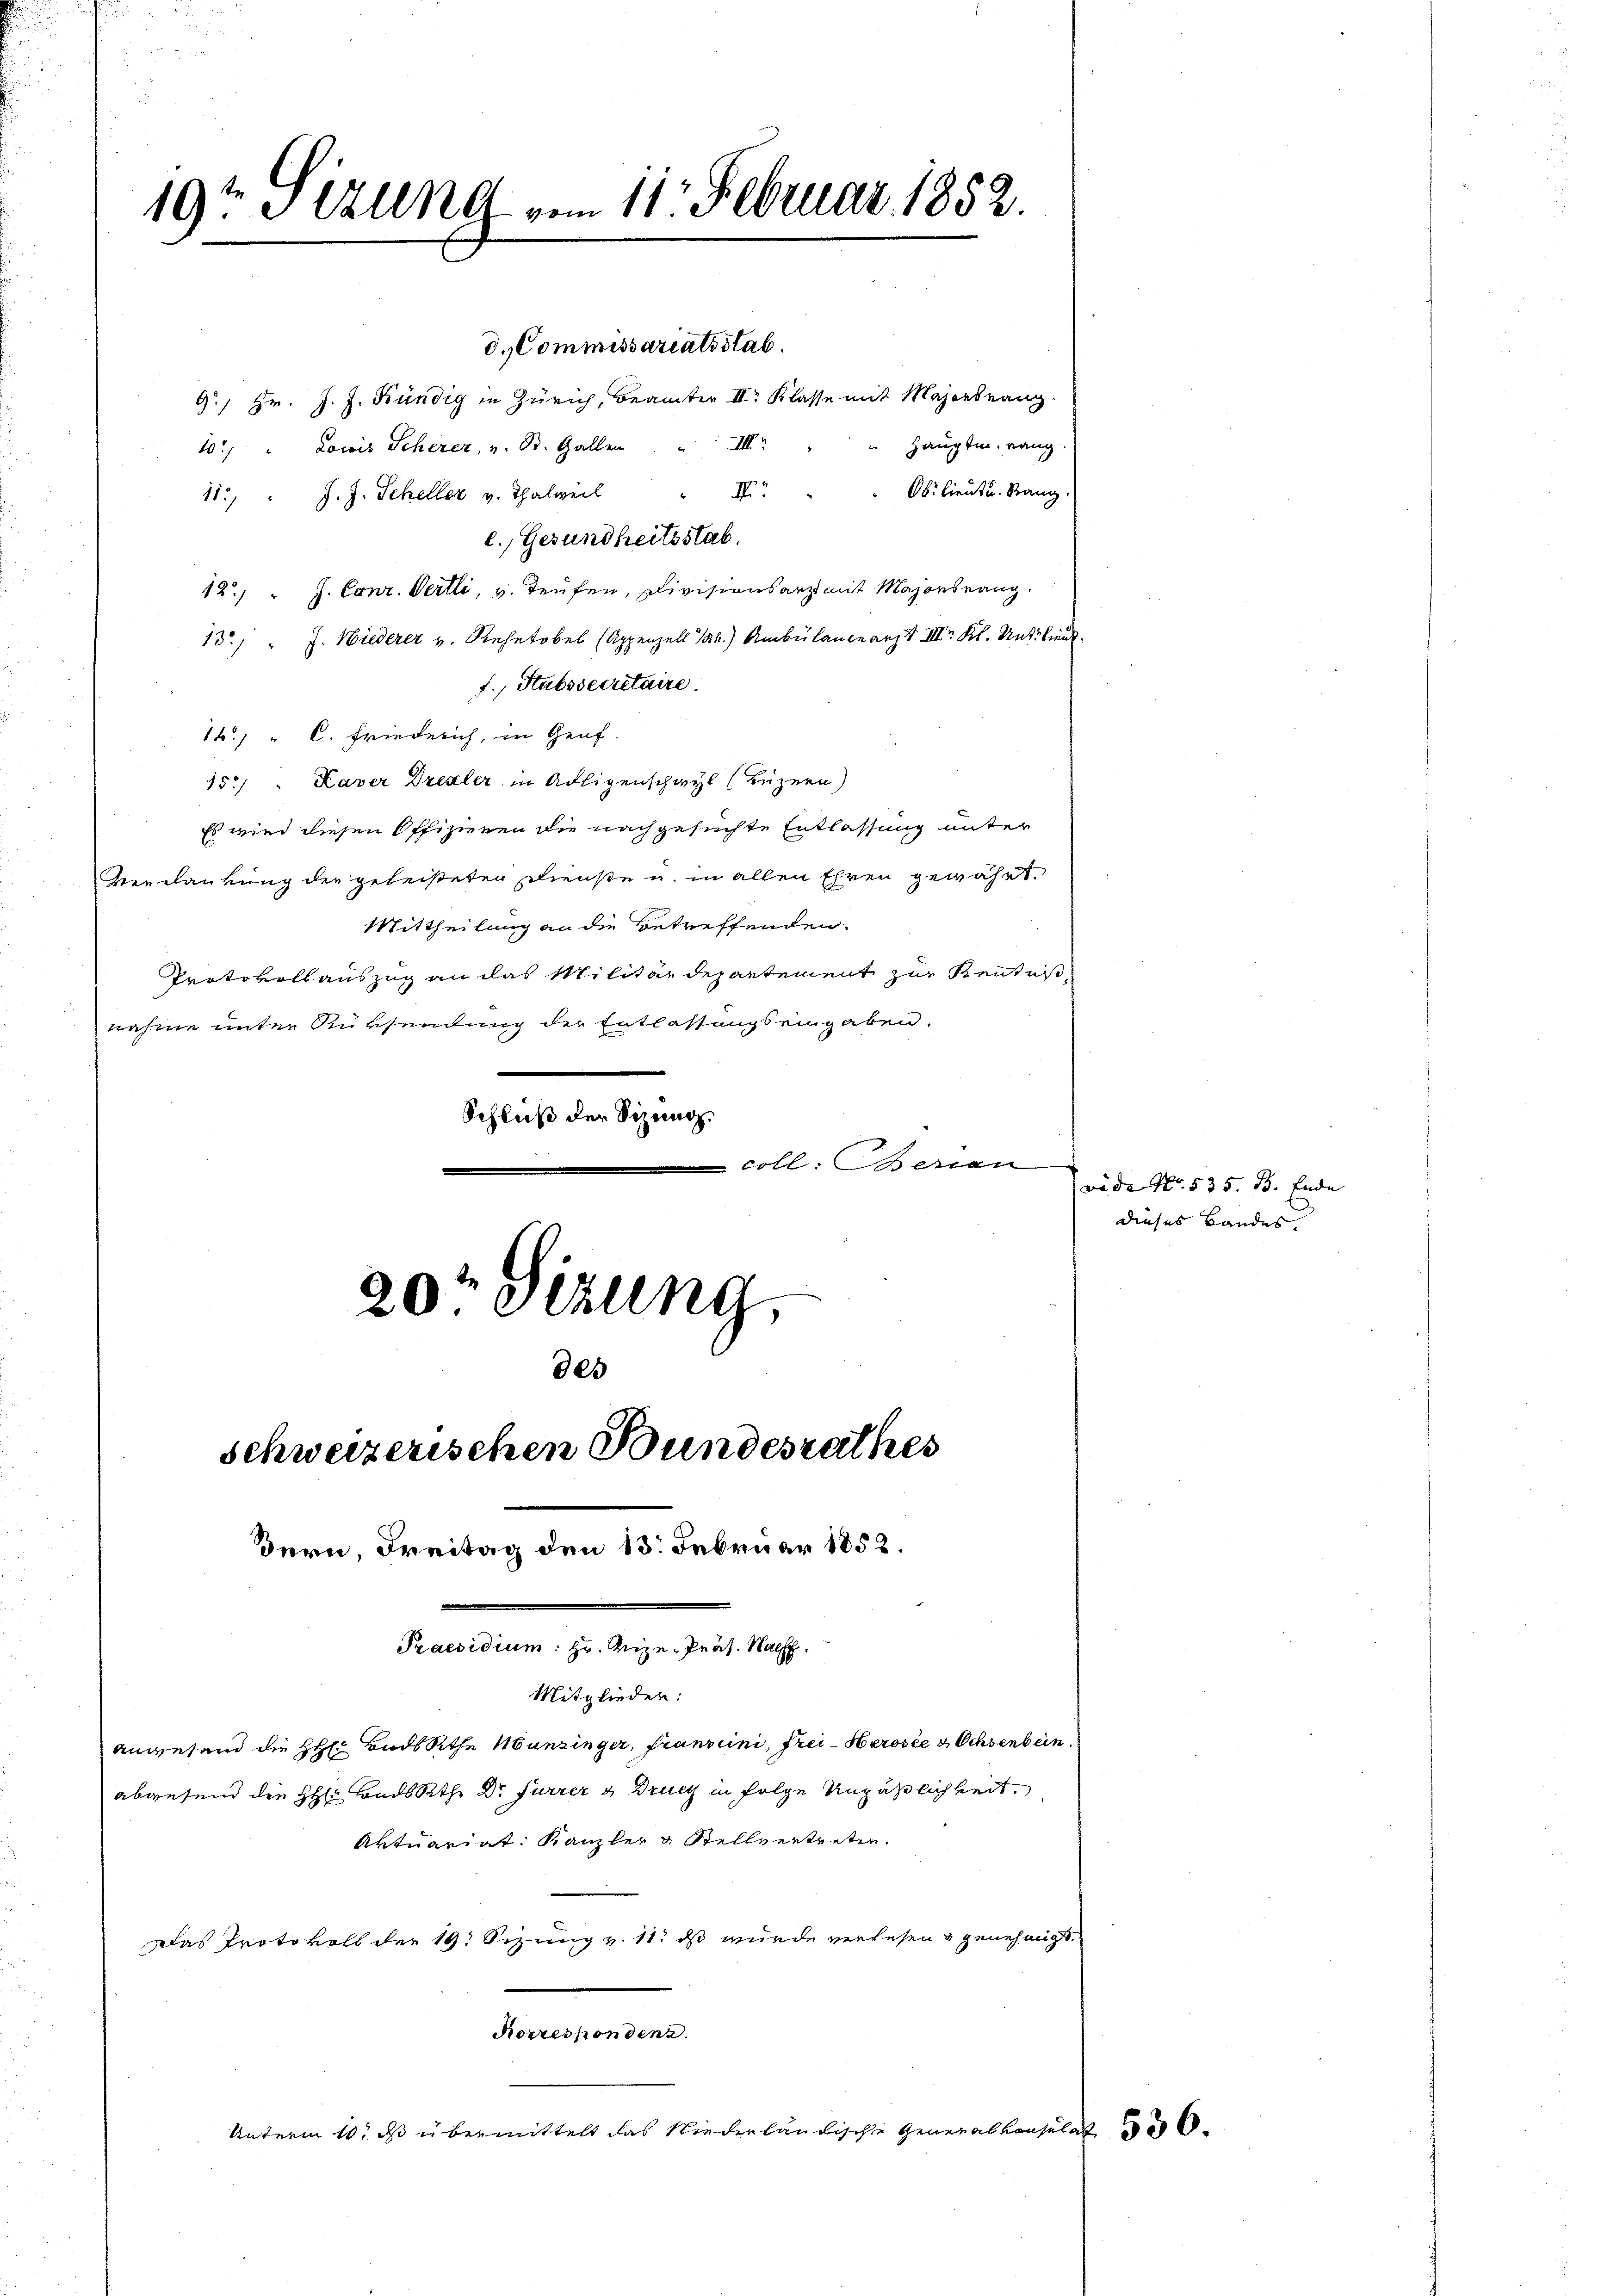
19t Sizung am 11. Februar 1852.

20t Sizung,
Schweizerischen Bundesrathes

d. Kommissariatsstab.
9/ Hr. J. J. Kündig in Zürich, Beamter II. Klasse mit Majorsrang
10.) " Lowis Scherer, v. St. Gallen III
11. " J. J. Scheller v. Thalweil " IV
e. Gesundheitsstab.
12. " J. Conz. Vertli, v. Teufen, Divisionsarzt mit Majonsrang.
13/ " J. Wiederer v. Siehetobel (Appenzell 1.) Ambülancearzt III. Kl. Und biens
f., Stabssecretaire.
1. " C. Friederich, in Genf
15.) " Kaver Drexler in Adligenschwyl (Luzern)
Es wird diesen Offizieren die nachgesuchte Entlassung unter
Feenclankung der geleisteten Dienste u. in allen Ehren gewährt.
Mittheilung an die betreffenden.
Protokollauszug an das Militärdepartement zur Kenntniß
nahme unter Rüksendung der Entlassungseingaben.
Schluß der Sizung.
coll. Berien

des
dern, Freitag den 13. Februar 1852.
Praesidium: Hr. Vize-Präs. Nach

abgesend die H. BadsRth. Dr Furrer & Druck in folge Unpäßlichkeit.

Hauptm. rang.
Ob. lieut u. Rang

Mitglieden:
anwesend die HH. BadsRethe Munzinger, franziini, Frei-Herose & Ochsenbein
Aktuariat Kanzler & Stellvertreten.
Das Protokoll der 19. Sizung v. 11. ds wurde verlesen & genehmigt.
Korresponden 2.
Unterm 1. ds übermittelt das Niederländische General Consulat

vide No. 535. B. Ende |
dieses Bandes.

536.